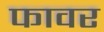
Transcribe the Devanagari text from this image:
फावर